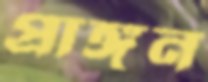
প্রাঙ্গন